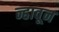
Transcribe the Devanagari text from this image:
न्हावून